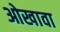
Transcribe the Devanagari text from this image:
ओखावा